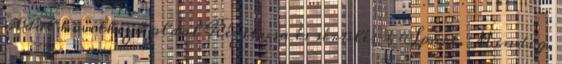
oldal következő oldal Kézitusa és sérülés - Sport. Mindig.